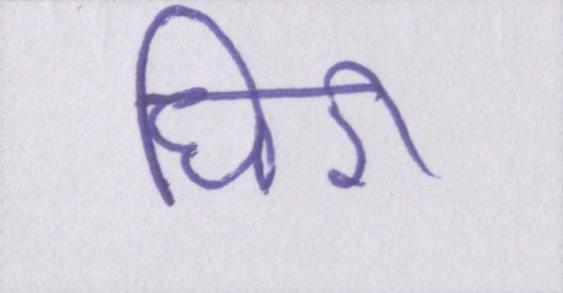
घिरी